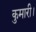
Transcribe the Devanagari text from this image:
कुमारी।